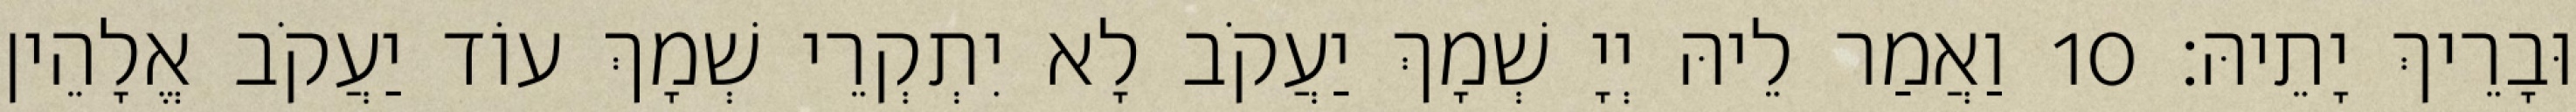
וּבָרֵיךְ יָתֵיהּ׃ 10 וַאֲמַר לֵיהּ יְיָ שְׁמָךְ יַעֲקֹב לָא יִתְקְרֵי שְׁמָךְ עוֹד יַעֲקֹב אֱלָהֵין